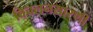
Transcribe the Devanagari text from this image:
विचलनसारणी